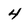
Character: 4